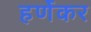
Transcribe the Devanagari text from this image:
हर्णेकर